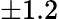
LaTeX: \pm 1.2